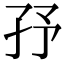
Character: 㜿